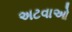
અટવાઓ